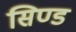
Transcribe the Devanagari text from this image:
सिण्ड